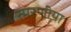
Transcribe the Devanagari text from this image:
स्मरणीया